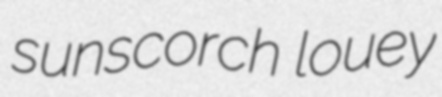
sunscorch louey